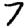
Digit: 7